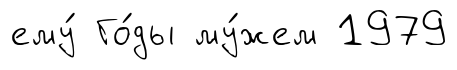
ему́ Го́ды му́жем 1979